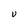
Character: U